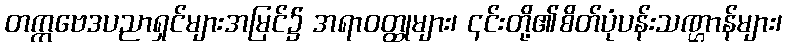
တက္ကဗေဒပညာရှင်များအမြင်၌ အရာဝတ္ထုများ၊ ၎င်းတို့၏စိတ်ပုံပန်းသဏ္ဌာန်များ၊